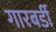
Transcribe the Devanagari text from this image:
गारबर्डी